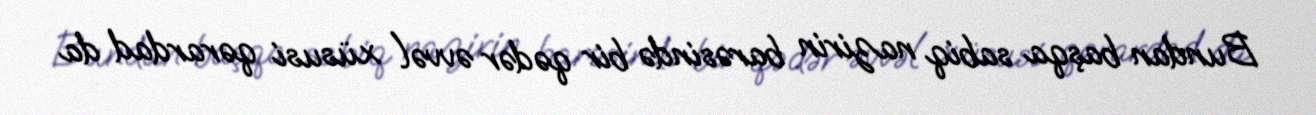
Bundan başqa sabiq nazirin barəsində bir qədər əvvəl xüsusi qərardad da